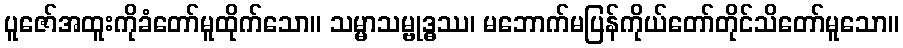
ပူဇော်အထူးကိုခံတော်မူထိုက်သော။ သမ္မာသမ္ဗုဒ္ဓဿ၊ မဘောက်မပြန်ကိုယ်တော်တိုင်သိတော်မူသော။